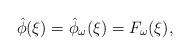
LaTeX: \begin{align*}\hat{\phi}(\xi)=\hat{\phi}_{\omega}(\xi)=F_{\omega}(\xi),\end{align*}